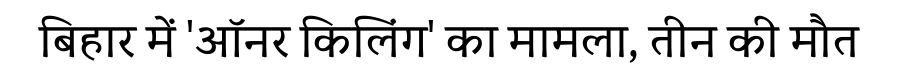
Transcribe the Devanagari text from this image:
बिहार में 'ऑनर किलिंग' का मामला, तीन की मौत